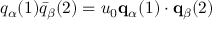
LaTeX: q _ { \alpha } ( 1 ) \bar { q } _ { \beta } ( 2 ) = u _ { 0 } { \bf q } _ { \alpha } ( 1 ) \cdot { \bf q } _ { \beta } ( 2 )